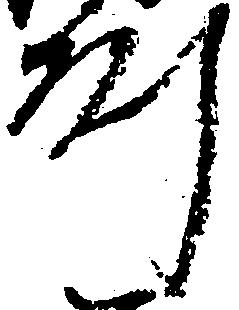
州